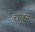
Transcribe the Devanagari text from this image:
रावुरु